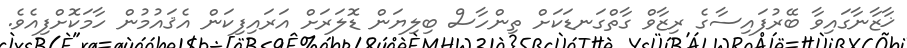
ޚާޒާނާގައިވާ ބޭރުފައިސާގެ ރިޒާވް ގާތްގަނޑަކަށް ތިންހާސް ބިލިޔަން ޑޮލަރަށް އަރައިފިކަން އެޤައުމުން ހާމަކޮށްފިއެވެ.